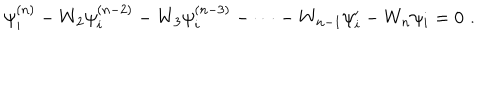
\psi _ { i } ^ { ( n ) } - W _ { 2 } \psi _ { i } ^ { ( n - 2 ) } - W _ { 3 } \psi _ { i } ^ { ( n - 3 ) } - \dots - W _ { n - 1 } \psi _ { i } ^ { \prime } - W _ { n } \psi _ { i } = 0 \, \, .